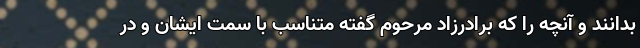
بدانند و آنچه را که برادرزاد مرحوم گفته متناسب با سِمَت ایشان و در